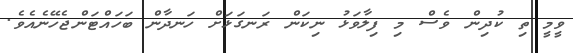
ވީމީ ތި ކުދިން ވެސް މި ފިލާވަޅު ނިކަން ރަނގަޅަށް ހަނދާން ބަހައްޓަންޖެހޭނެއެވެ.